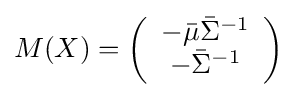
M(X)=\left({\begin{array}{*{20}c}{-{\bar {\mu }}{\bar {\Sigma }}^{-1}}\\{-{\bar {\Sigma }}^{-1}}\\\end{array}}\right)